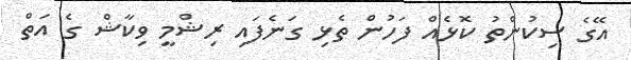
އޭގެ ސިކުންތު ކޮޅެއް ފަހުން ތެޅި ގަނެފައި ރިޝްމީ ވިކާޝް ގެ އަތް